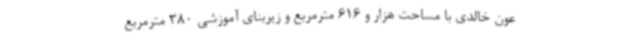
عون خالدی با مساحت هزار و 616 مترمربع و زیربنای آموزشی 380 مترمربع